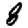
Digit: 8